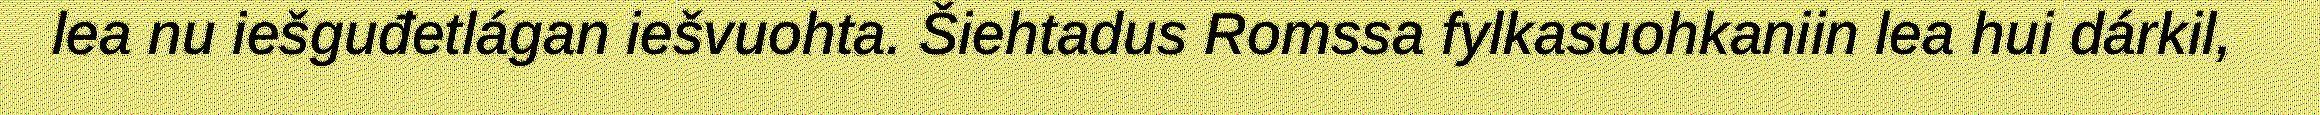
lea nu iešguđetlágan iešvuohta. Šiehtadus Romssa fylkasuohkaniin lea hui dárkil,